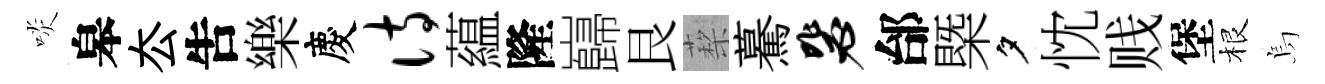
啖皋厺吿樂慶诗藴隆巋艮蔾驀毖邰槩夕忱贱堡根烏